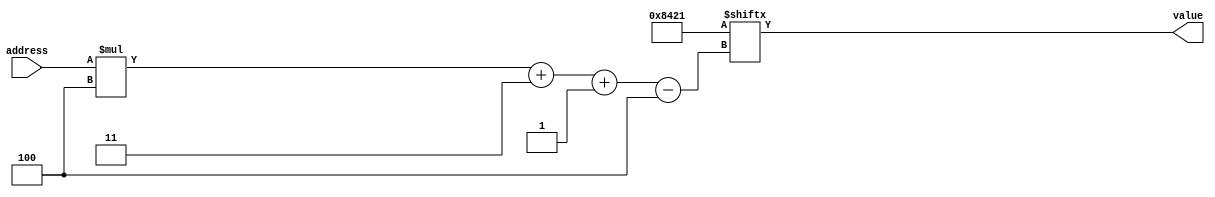
/*
   This file was generated automatically by Alchitry Labs version 1.2.7.
   Do not edit this file directly. Instead edit the original Lucid source.
   This is a temporary file and any changes made to it will be destroyed.
*/

module lunatic_ROM_13 (
    input [1:0] address,
    output reg [3:0] value
  );
  
  
  
  localparam LUNATIC_ROM = 16'h8421;
  
  always @* begin
    value = LUNATIC_ROM[(address)*4+3-:4];
  end
endmodule